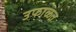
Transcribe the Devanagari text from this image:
उफाळत